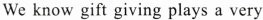
We know gift giving plays a very